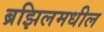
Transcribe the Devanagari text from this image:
ब्रझिलमधील